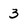
Character: 3